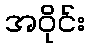
အဝိုင်း